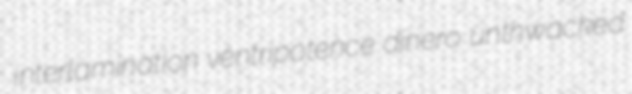
interlamination ventripotence dinero unthwacked